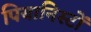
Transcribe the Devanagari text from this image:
पियानिस्टों